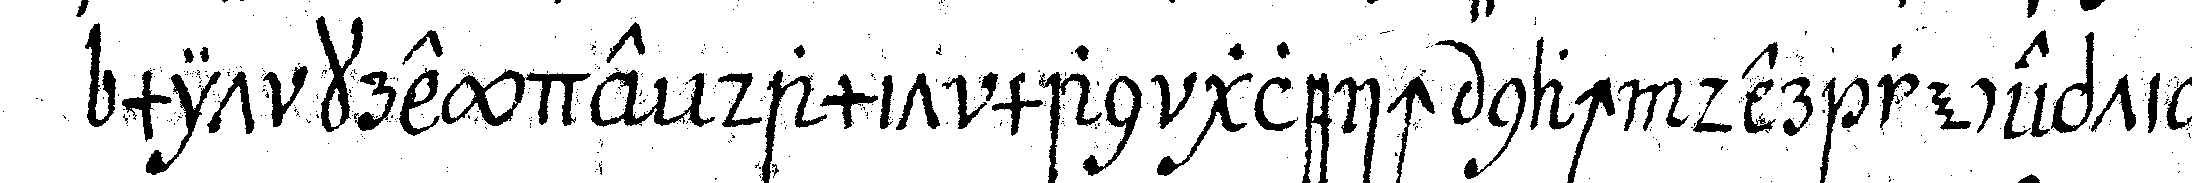
mit kreyde damit man gleich nach der reception